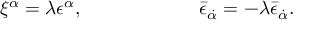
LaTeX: \xi ^ { \alpha } = \lambda \epsilon ^ { \alpha } , \qquad \qquad \qquad \bar { \epsilon } _ { \dot { \alpha } } = - \lambda \bar { \epsilon } _ { \dot { \alpha } } .